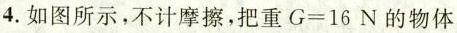
4.如图所示，不计摩擦，把重$$G = 1 6 $$N的物体